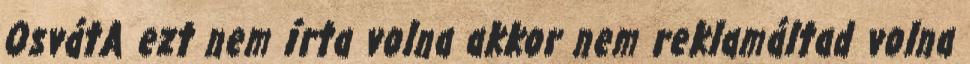
OsvátA ezt nem írta volna akkor nem reklamáltad volna